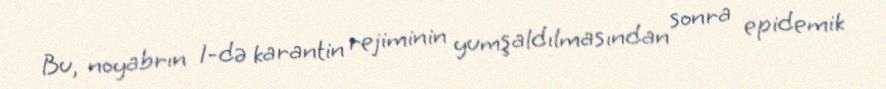
Bu, noyabrın 1-də karantin rejiminin yumşaldılmasından sonra epidemik